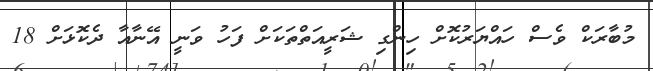
މުބާރަކް ވެސް ހައްޔަރުކޮށް ހިންގި ޝަރީއަތްތަކަށް ފަހު ވަނީ އޭނާއާ ދެކޮޅަށް 18